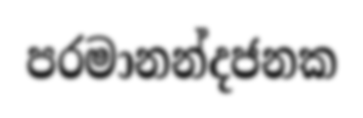
පරමානන්දජනක